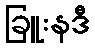
ခြူးနဒီ